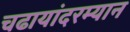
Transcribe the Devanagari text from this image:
चढायांदरम्यान